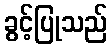
ခွင့်ပြုသည်